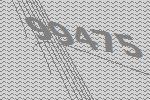
99475